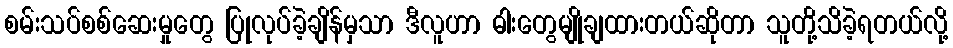
စမ်းသပ်စစ်ဆေးမှုတွေ ပြုလုပ်ခဲ့ချိန်မှသာ ဒီလူဟာ ဓါးတွေမျိုချထားတယ်ဆိုတာ သူတို့သိခဲ့ရတယ်လို့